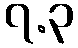
၇.၃